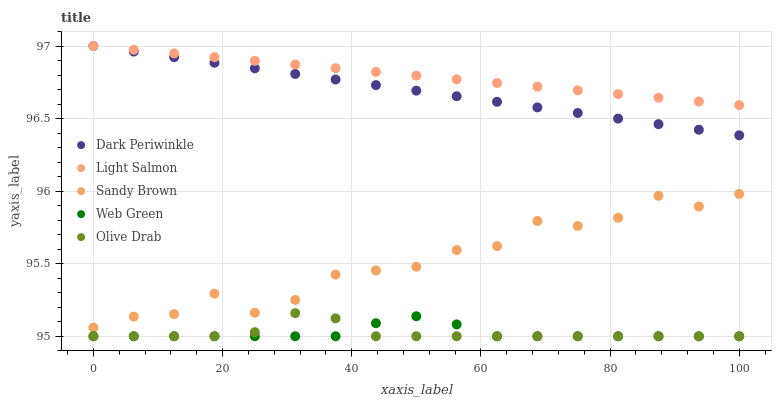
| xaxis_label | Dark Periwinkle | Light Salmon | Sandy Brown | Web Green | Olive Drab |
 | --- | --- | --- | --- | --- | --- |
 | 0 | 97 | 97 | 95.1 | 95 | 95 |
 | 6.25 | 97 | 97 | 95.1 | 95 | 95 |
 | 12.5 | 96.9 | 96.9 | 95.2 | 95 | 95 |
 | 18.8 | 96.9 | 96.9 | 95.3 | 95 | 95 |
 | 25 | 96.8 | 96.9 | 95.2 | 95 | 95 |
 | 31.2 | 96.8 | 96.9 | 95.3 | 95 | 95.2 |
 | 37.5 | 96.8 | 96.8 | 95.4 | 95 | 95.1 |
 | 43.8 | 96.7 | 96.8 | 95.5 | 95.1 | 95 |
 | 50 | 96.7 | 96.8 | 95.5 | 95.1 | 95 |
 | 56.2 | 96.7 | 96.8 | 95.6 | 95.1 | 95 |
 | 62.5 | 96.6 | 96.7 | 95.6 | 95 | 95 |
 | 68.8 | 96.6 | 96.7 | 95.8 | 95 | 95 |
 | 75 | 96.5 | 96.7 | 95.8 | 95 | 95 |
 | 81.2 | 96.5 | 96.7 | 95.8 | 95 | 95 |
 | 87.5 | 96.5 | 96.6 | 96 | 95 | 95 |
 | 93.8 | 96.4 | 96.6 | 95.9 | 95 | 95 |
 | 100 | 96.4 | 96.6 | 96 | 95 | 95 |